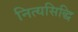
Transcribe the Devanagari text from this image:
नित्यसिद्धि